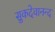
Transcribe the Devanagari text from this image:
सुकदेवानन्द